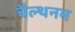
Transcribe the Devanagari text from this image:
चैल्थनम